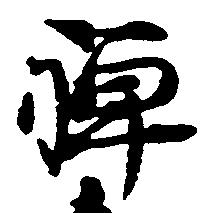
禅